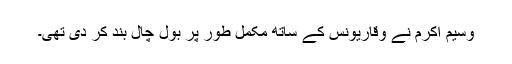
وسیم اکرم نے وقاریونس کے ساتھ مکمل طور پر بول چال بند کر دی تھی۔